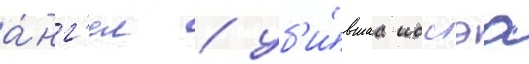
а́нг'ел / уб'и́вшаа иссэа